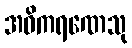
အဓိကရဏေသု